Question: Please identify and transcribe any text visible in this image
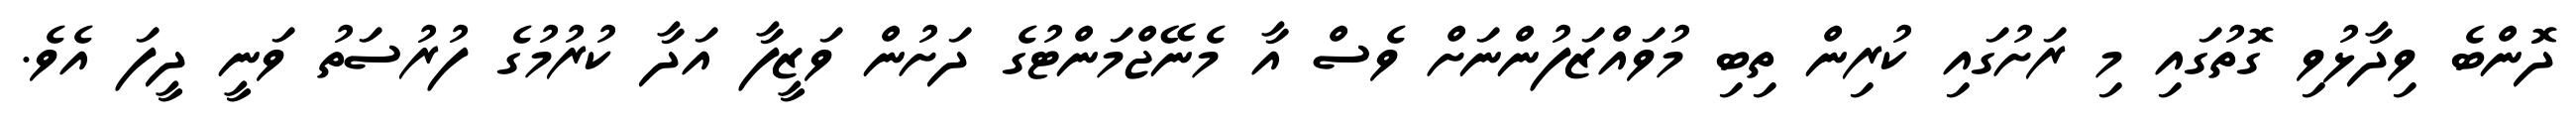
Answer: ދޮންބެ ވިދާޅުވި ގޮތުގައި މި ރަށުގައި ކުރިން ތިބި މުވައްޒަފުންނަށް ވެސް އާ މެނޭޖްމަންޓުގެ ދަށުން ވަޒީފާ އަދާ ކުރުމުގެ ފުރުސަތު ވަނީ ދީފަ އެވެ.